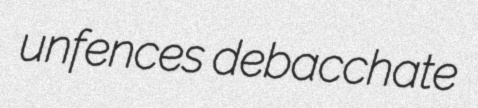
unfences debacchate